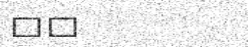
١٥